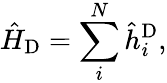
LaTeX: \hat{H}_{\textrm{D}}=\sum_{i}^{N}\hat{h}_{i}^{\textrm{D}},